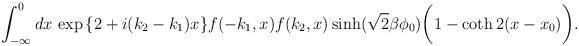
LaTeX: \begin{align*}\int_{-\infty}^{0}dx\,\exp{\left\{2+i(k_{2}-k_{1})x\right\}} f(-k_{1},x)f(k_{2},x)\sinh(\sqrt{2}\beta \phi_{0})\biggl( 1-\coth2(x-x_{0})\biggr).\end{align*}